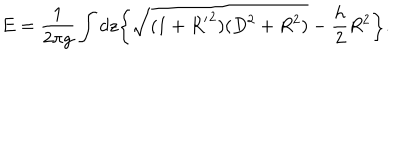
E = \frac { 1 } { 2 \pi g } \int d z \bigg \{ \sqrt { ( 1 + { R ^ { \prime } } ^ { 2 } ) ( D ^ { 2 } + R ^ { 2 } ) } - \frac { h } { 2 } R ^ { 2 } \bigg \} .